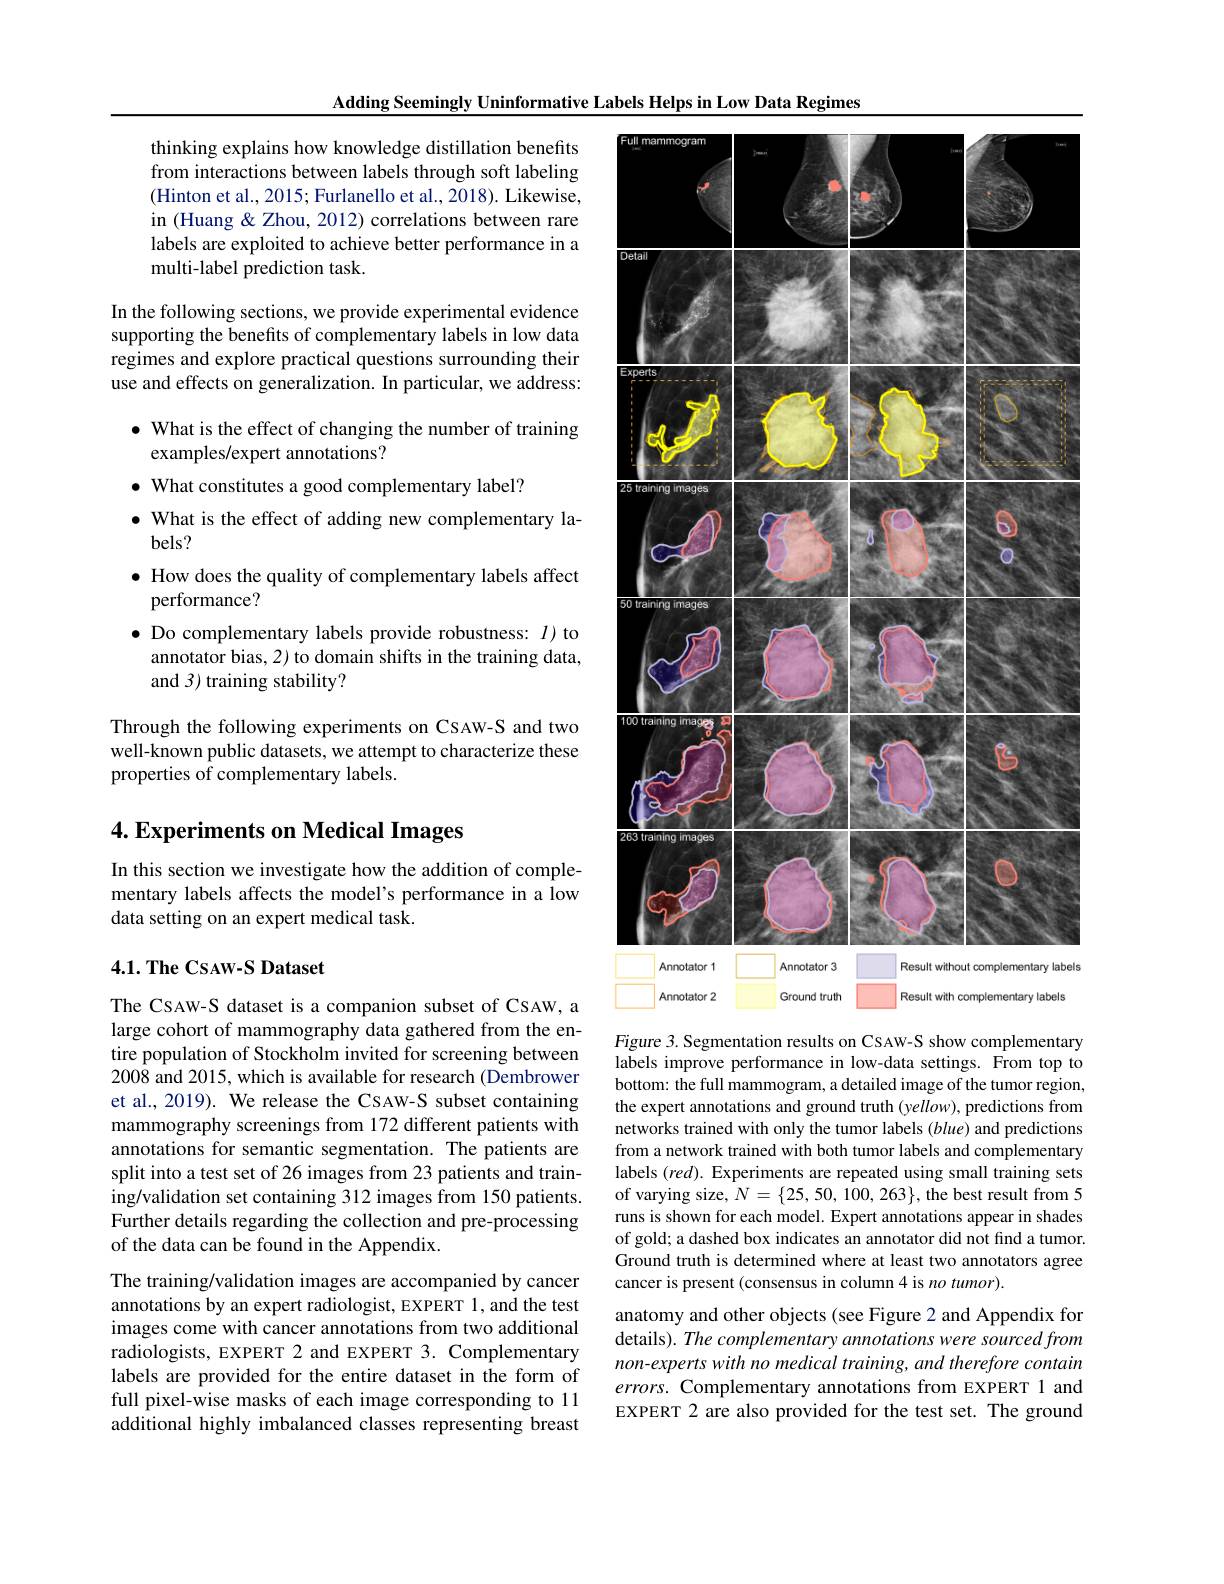
Adding Seemingly Uninformative Labels Helps in Low Data Regimes

thinking explains how knowledge distillation benefits from interactions between labels through soft labeling (Hinton et al., 2015; Furlanello et al., 2018). Likewise, in (Huang& Zhou, 2012) correlations between rare labels are exploited to achieve better performance in a multi-label prediction task.

In the following sections, we provide experimental evidence supporting the benefits of complementary labels in low data regimes and explore practical questions surrounding their use and effects on generalization. In particular, we address:
$\bullet$ What is the effect of changing the number of training
examples/expert annotations?
$\bullet$ What constitutes a good complementary label?
$\bullet$ What is the effect of adding new complementary la-
bels?
$\bullet$ How does the quality of complementary labels affect
performance?
· Do complementary labels provide robustness: $I$)to
annotator bias, 2) to domain shifts in the training data,
and 3) training stability?

Through the following experiments on CSAW-S and two well-known public datasets, we attempt to characterize these properties of complementary labels.

# 4. Experiments on Medical Images

In this section we investigate how the addition of complementary labels affects the model's performance in a low data setting on an expert medical task.

## $4. 1. \textbf{The CSAW- S Dataset}$

The CSAW-S dataset is a companion subset of CSAW, a large cohort of mammography data gathered from the entire population of Stockholm invited for screening between 2008 and 2015, which is available for research (Dembrower et al., 2019). We release the CSAW-S subset containing mammography screenings from 172 different patients with annotations for semantic segmentation. The patients are split into a test set of 26 images from 23 patients and training/validation set containing 312 images from 150 patients. Further details regarding the collection and pre-processing of the data can be found in the Appendix.
The training/validation images are accompanied by cancer annotations by an expert radiologist, EXPERT 1, and the test images come with cancer annotations from two additional radiologists, EXPERT 2 and EXPERT 3. Complementary labels are provided for the entire dataset in the form of full pixel-wise masks of each image corresponding to 11 additional highly imbalanced classes representing breast

<FigureHere>

Figure 3. Segmentation results on CSAW-S show complementary labels improve performance in low-data settings. From top to bottom: the full mammogram, a detailed image of the tumor region, the expert annotations and ground truth (yellow), predictions from networks trained with only the tumor labels (blue) and predictions from a network trained with both tumor labels and complementary labels $(red).$ Experiments are repeated using small training sets of varying size, $N=\{25,50,100,263\}$, the best result from 5 runs is shown for each model. Expert annotations appear in shades of gold; a dashed box indicates an annotator did not find a tumor. Ground truth is determined where at least two annotators agree cancer is present (consensus in column 4 is no tumor).
anatomy and other objects (see Figure 2 and Appendix for

details). The complementary annotations were sourced from non-experts with no medical training, and therefore contain errors. Complementary annotations from EXPERT 1 and EXPERT 2 are also provided for the test set. The ground